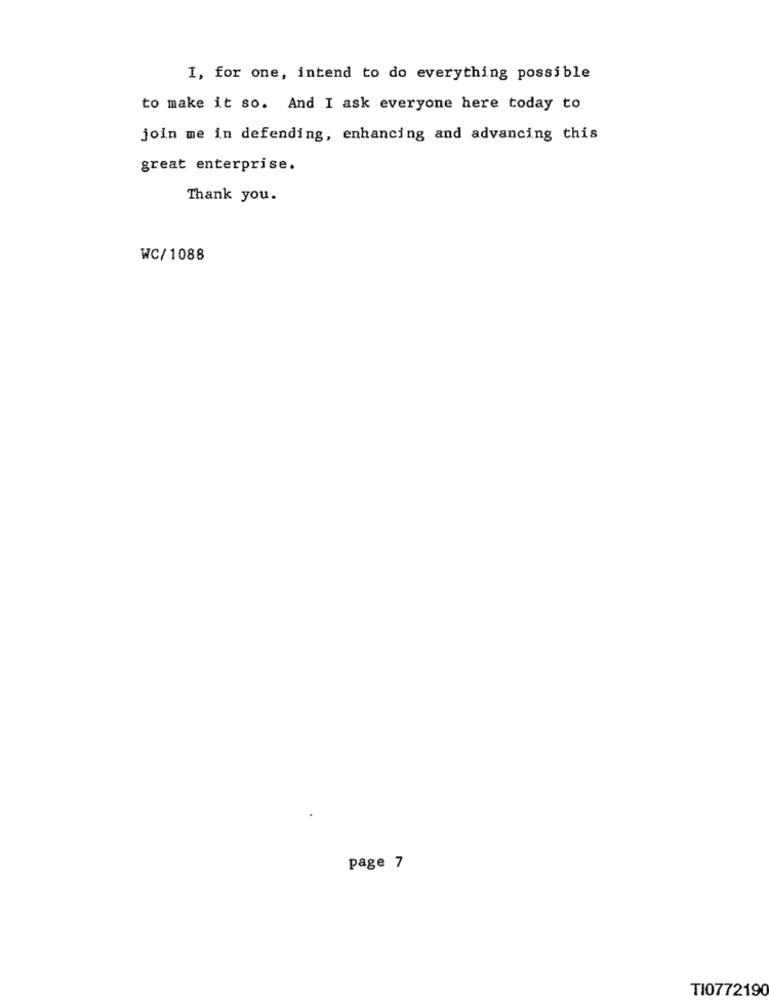
I, for one, intend to do everything possible
to make it so. And I ask everyone here today to
join me in defending, enhancing and advancing this
great enterprise.
Thank you.
WC/1088
page 7
TI0772190